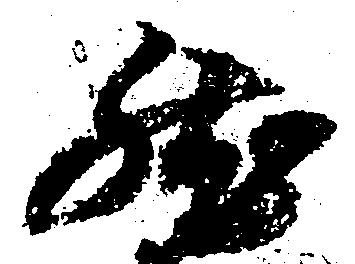
然